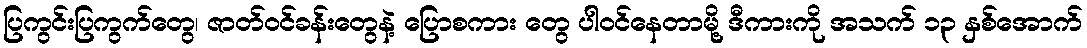
ပြကွင်းပြကွက်တွေ၊ ဇာတ်ဝင်ခန်းတွေနဲ့ ပြောစကား တွေ ပါဝင်နေတာမို့ ဒီကားကို အသက် ၁၃ နှစ်အောက်